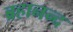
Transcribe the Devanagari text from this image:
ब्रहानन्द